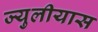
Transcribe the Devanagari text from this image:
ज्युलीयास